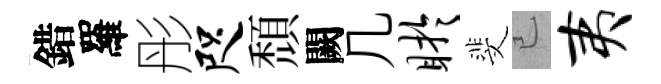
錯羅彤咫頹闕几盱斐已夷